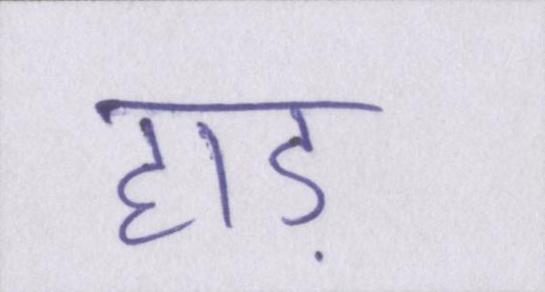
हाड़